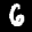
Label: 6